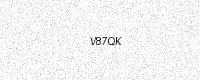
Text: V87QK